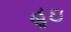
હૂઇ